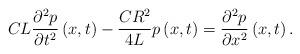
LaTeX: \begin{align*}CL\frac{\partial^{2}p}{\partial t^{2}}\left(x,t\right)-\frac{CR^{2}}{4L}p\left(x,t\right)=\frac{\partial^{2}p}{\partial x^{2}}\left(x,t\right).\end{align*}